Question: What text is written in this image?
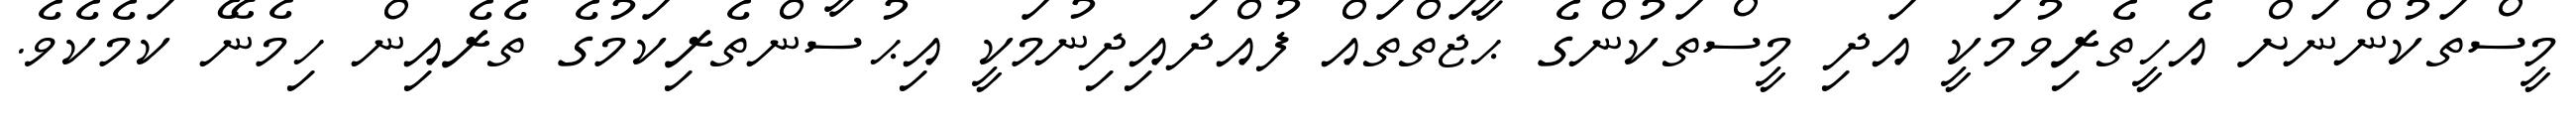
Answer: މީސްތަކުންނަށް އެހީތެރިވުމަކީ އަދި މީސްތަކުންގެ ޙާޖަތްތައް ފުއްދައިދިނުމަކީ އިޙުސާންތެރިކަމުގެ ތެރެއިން ހިމެނޭ ކަމެކެވެ.